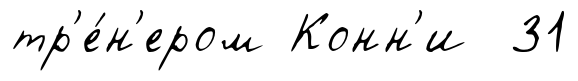
тр'е́н'ером Конн'и 31